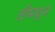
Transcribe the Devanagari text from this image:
तीमधून